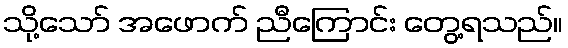
သို့သော် အဖောက် ညီကြောင်း တွေ့ရသည်။